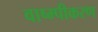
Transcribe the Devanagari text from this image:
वाष्म्पीकरण